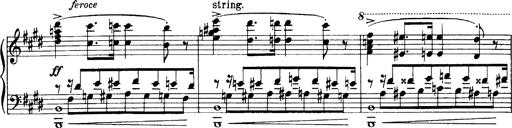
Title: OuvertÃ¼re zu TannhÃ¤user
Composer: Franz Liszt